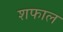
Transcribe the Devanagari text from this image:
शफाल